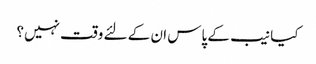
کیا نیب کے پاس ان کے لئے وقت نہیں؟